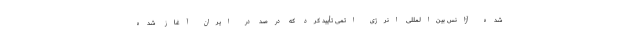
شده آژانس بین‌المللی انرژی اتمی تأیید کرد که درصد در ایران آغاز شده